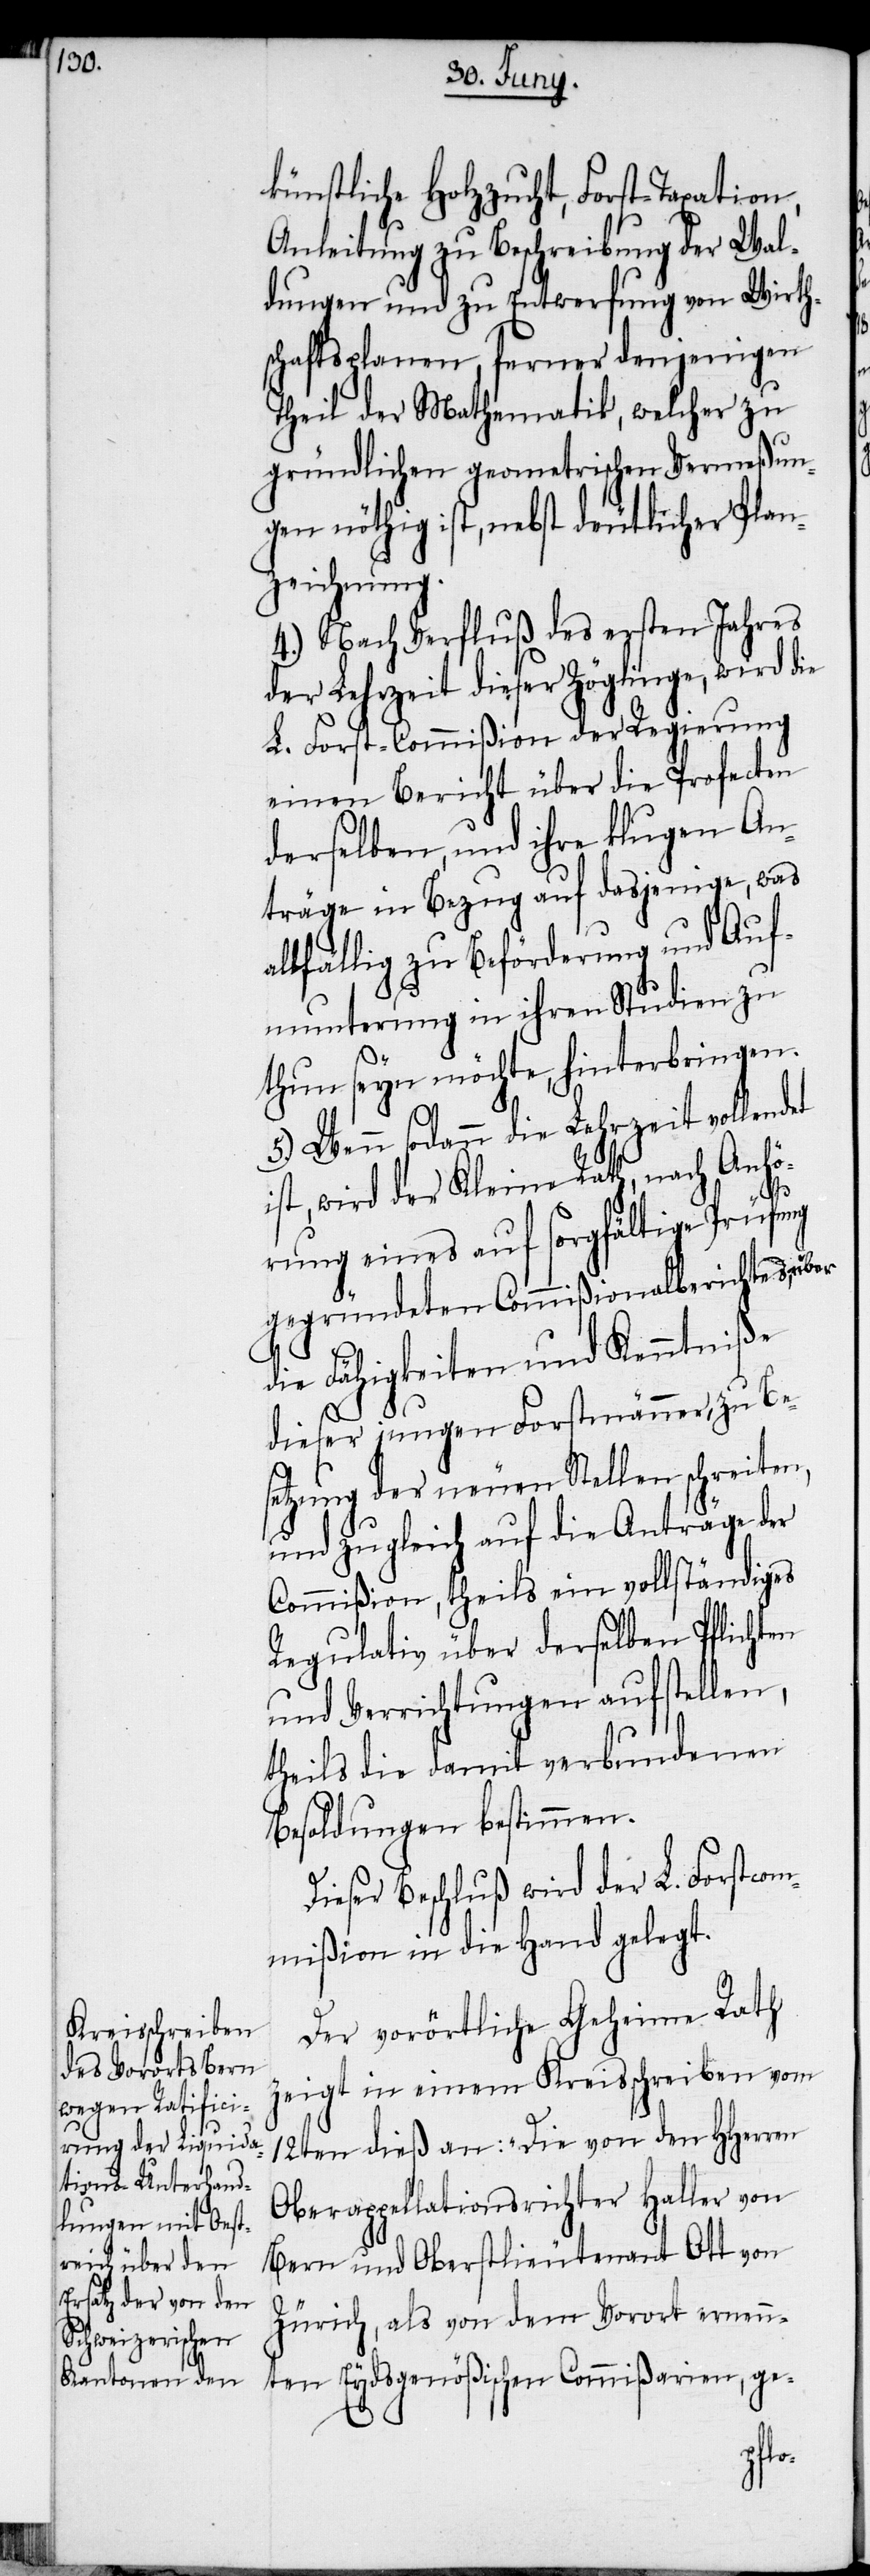
künstliche Holzzucht, Forst-Taxation,
Anleitung zu Beschreibung der Wal¬
dungen und zu Entwerfung von Wirth¬
schaftsplanen, ferner denjenigen
Theil der Mathematik, welcher zu
gründlichen geometrischen Vermeßun¬
gen nöthig ist, nebst deutlicher Plan¬
zeichnung.
4.) Nach Verfluß des ersten Jahres
der Lehrzeit dieser Zöglinge, wird die
L. Forst-Commißion der Regierung
einen Bericht über die Profecten
derselben, und ihre klugen An¬
träge in Bezug auf dasjenige, was
llfällig zu Beförderung und Auf¬
munterung in ihren Studien zu
thun seyn möchte, hinterbringen.
5.) Wenn sodann die Lehrzeit vollendet
ist, wird der Kleine Rath, nach Anhö¬
a¬
rung eines auf sorgfältige Prüfung
gegründeten Commißionalberichtes, über
die Fähigkeiten und Kenntniße
dieser jungen Forstmänner, zu Bes¬
etzung der neuen Stellen schreiten,
und zugleich auf die Anträge der
Commißion, theils ein vollständiges
Regulativ über derselben Pflichten
und Verrichtungen aufstellen,
theils die damit verbundenen
Besoldungen bestimmen.
Dieser Beschluß wird der L. Forstcom¬
mißion in die Hand gelegt.
Der vorörtliche Geheime Rath
zeigt in einem Kreisschreiben vom
12ten dieß an: „Die von den HHerren
Oberappellationsrichter Haller von
Bern und Oberstlieutenant Ott von
Zürich, als von dem Vorort ernenn¬
ten Eydsgenößischen Commißarien, ge-